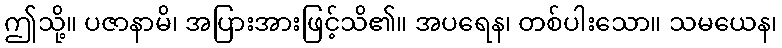
ဤသို့။ ပဇာနာမိ၊ အပြားအားဖြင့်သိ၏။ အပရေန၊ တစ်ပါးသော။ သမယေန၊